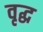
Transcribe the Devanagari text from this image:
वृद्घ